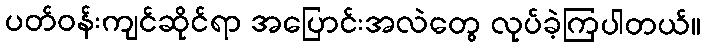
ပတ်ဝန်းကျင်ဆိုင်ရာ အပြောင်းအလဲတွေ လုပ်ခဲ့ကြပါတယ်။